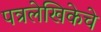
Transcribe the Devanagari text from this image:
पत्रलेखिकेचे